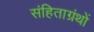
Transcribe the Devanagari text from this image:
संहिताग्रंथों